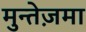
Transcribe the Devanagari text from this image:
मुन्तेज़मा